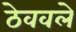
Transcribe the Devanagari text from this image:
ठेववले